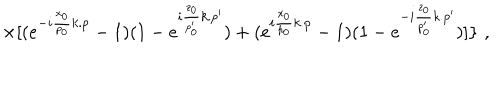
\times [ ( e ^ { - i \frac { x _ { 0 } } { p _ { 0 } } k . p } - 1 ) ( 1 - e ^ { i \frac { z _ { 0 } } { p _ { 0 } ^ { \prime } } k . p ^ { \prime } } ) + ( e ^ { i \frac { x _ { 0 } } { p _ { 0 } } k . p } - 1 ) ( 1 - e ^ { - i \frac { z _ { 0 } } { p _ { 0 } ^ { \prime } } k . p ^ { \prime } } ) ] \} \, \, ,